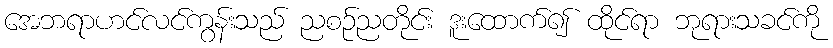
အေဘရာဟင်လင်ကွန်းသည် ညစဉ်ညတိုင်း ဒူးထောက်၍ ထိုင်ရာ ဘုရားသခင်ကို